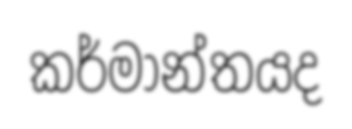
කර්මාන්තයද